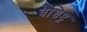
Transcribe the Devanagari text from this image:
वैशिष्ट्र